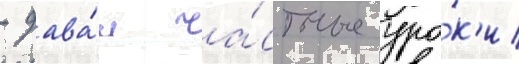
- дава́л ча́стные уро́к'и